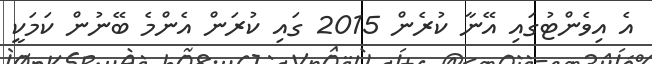
އެ އިވެންޓުގައި އޭނާ ކުރެން 2015 ގައި ކުރަން އެންމެ ބޭނުން ކަމަކީ